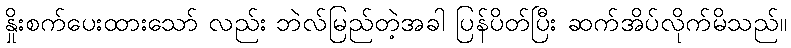
နှိုးစက်ပေးထားသော် လည်း ဘဲလ်မြည်တဲ့အခါ ပြန်ပိတ်ပြီး ဆက်အိပ်လိုက်မိသည်။